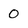
Character: 0